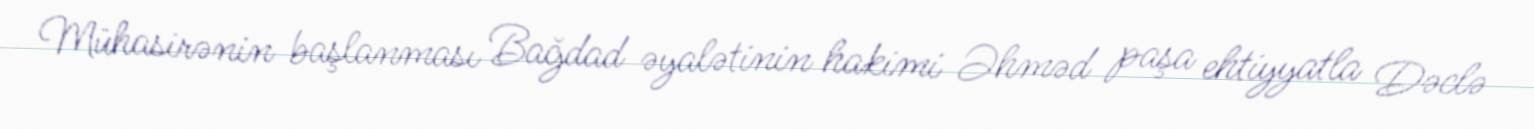
Mühasirənin başlanması Bağdad əyalətinin hakimi Əhməd paşa ehtiyyatla Dəclə